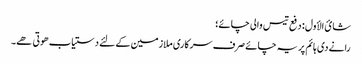
شائ الأول : دفع تیس والی چائے؛
رانے دی ہائم پر یہ چائے صرف سرکاری ملازمین کے لئے دستیاب ھوتی ھے۔